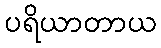
ပရိယာတာယ